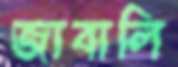
জাবালি